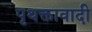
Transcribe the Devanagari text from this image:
पृथक्तावादी